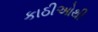
કાઠીઓથી